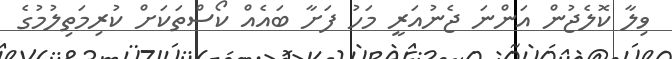
ވިލާ ކޮލެޖުން އަންނަ ޖެނުއަރީ މަހު ފަށާ ބައެއް ކޯސްތަކަށް ކުރިމަތިލުމުގެ